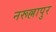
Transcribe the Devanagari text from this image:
नरूल्लापुर